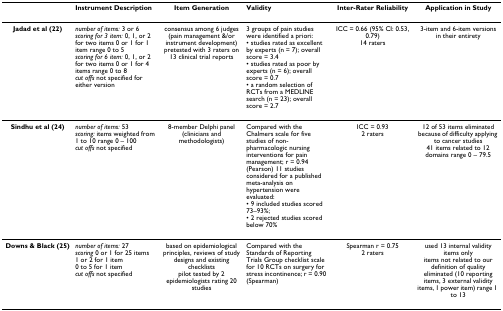
<table><thead><tr><td></td><td><b>Instrument Description</b></td><td><b>Item Generation</b></td><td><b>Validity</b></td><td><b>Inter-Rater Reliability</b></td><td><b>Application in Study</b></td></tr></thead><tbody><tr><td><b>Jadad et al (22)</b></td><td><i>number of items: </i>3 or 6<i>scoring for 3 item: </i>0, 1, or 2 for two items 0 or 1 for 1 item range 0 to 5<i>scoring for 6 item: </i>0, 1, or 2 for two items 0 or 1 for 4 items range 0 to 8<i>cut offs </i>not specified for either version</td><td>consensus among 6 judges (pain management &amp;/or instrument development)pretested with 3 raters on 13 clinical trial reports</td><td>3 groups of pain studies were identified a priori:• studies rated as excellent by experts (n = 7); overall score = 3.4• studies rated as poor by experts (n = 6); overall score = 0.7• a random selection of RCTs from a MEDLINE search (n = 23); overall score = 2.7</td><td>ICC = 0.66 (95% CI: 0.53, 0.79)14 raters</td><td>3-item and 6-item versions in their entirety</td></tr><tr><td><b>Sindhu et al (24)</b></td><td><i>number of items: </i>53<i>scoring: </i>items weighted from 1 to 10 range 0 – 100<i>cut offs </i>not specified</td><td>8-member Delphi panel (clinicians and methodologists)</td><td>Compared with the Chalmers scale for five studies of non-pharmacologic nursing interventions for pain management; r = 0.94 (Pearson) 11 studies considered for a published meta-analysis on hypertension were evaluated:• 9 included studies scored 73–93%;• 2 rejected studies scored below 70%</td><td>ICC = 0.932 raters</td><td>12 of 53 items eliminated because of difficulty applying to cancer studies41 items related to 12 domains range 0 – 79.5</td></tr><tr><td><b>Downs &amp; Black (25)</b></td><td><i>number of items: </i>27<i>scoring </i>0 or 1 for 25 items1 or 2 for 1 item0 to 5 for 1 item<i>cut offs </i>not specified</td><td>based on epidemiological principles, reviews of study designs and existing checklistspilot tested by 2 epidemiologists rating 20 studies</td><td>Compared with the Standards of Reporting Trials Group checklist scale for 10 RCTs on surgery for stress incontinence; r = 0.90 (Spearman)</td><td>Spearman r = 0.752 raters</td><td>used 13 internal validity items onlyitems not related to our definition of quality eliminated (10 reporting items, 3 external validity items, 1 power item) range 1 to 13</td></tr></tbody></table>